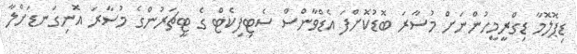
ޑިޕޮލޮމާ ޑިގްރީމީހުންނަށް މުސާރަ ބޮޑުކޮށްފަ އެޑްވާންސް ސެޓިފިކެޓް ގެ ޓީޗަރުންގެ މުސާރަ އޮނިގަނޑަށްލާ